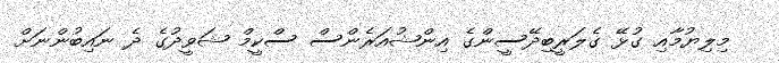
މިލިޔުމާއި ގުޅޭ ގެލަރީބިދޭސީންގެ އިންޝުއަރެންސް ސްކީމް ޝަވީދުގެ ދެ ނައިބުންނަށް